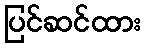
ပြင်ဆင်ထား